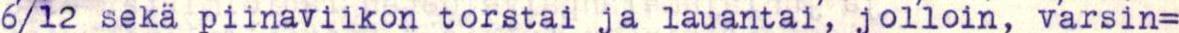
6/12 sekä piinaviikon torstai ja lauantai, jolloin, varsin=